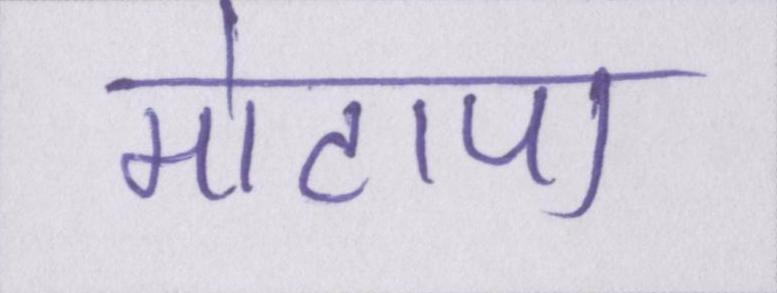
मोटापा